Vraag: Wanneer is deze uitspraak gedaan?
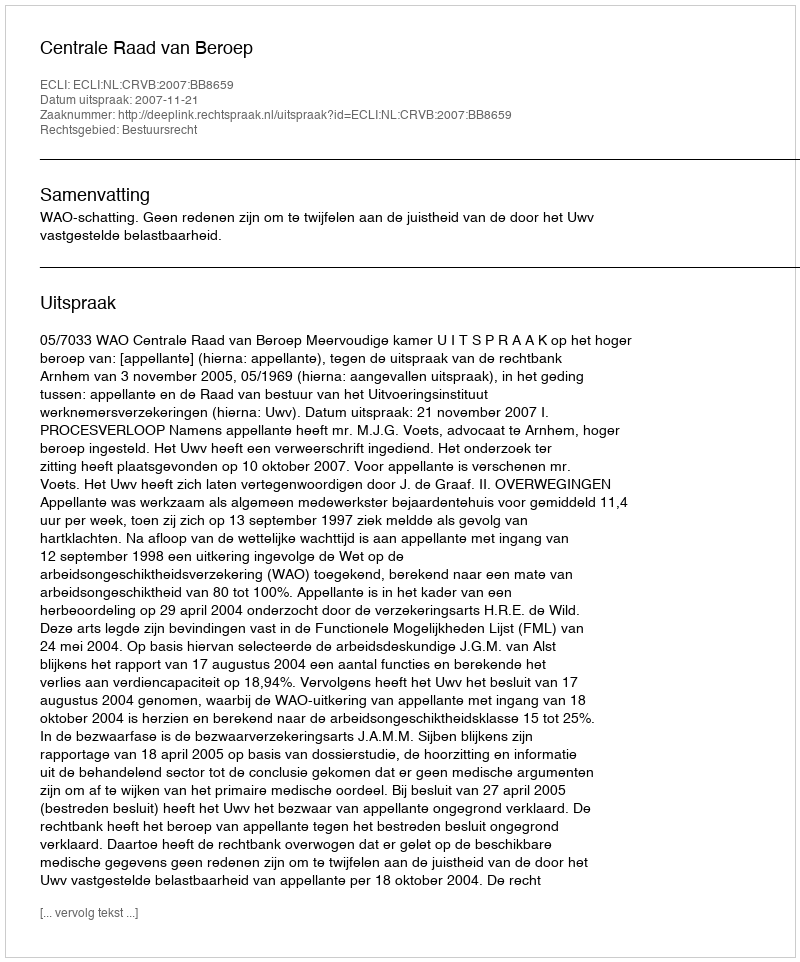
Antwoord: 2007-11-21